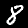
Label: 8